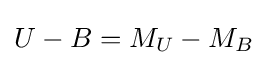
U-B=M_{U}-M_{B}\!